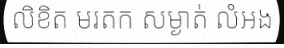
លិខិត មរតក សម្ងាត់ លំអង